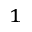
^ 1